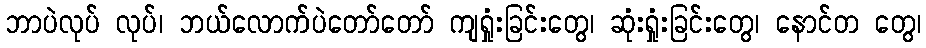
ဘာပဲလုပ် လုပ်၊ ဘယ်လောက်ပဲတော်တော် ကျရှုံးခြင်းတွေ၊ ဆုံးရှုံးခြင်းတွေ၊ နောင်တ တွေ၊